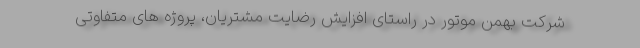
شرکت بهمن موتور در راستای افزایش رضایت مشتریان، پروژه های متفاوتی